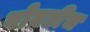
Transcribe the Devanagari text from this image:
बोबडीच